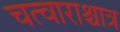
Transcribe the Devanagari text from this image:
चत्वाराश्चात्र